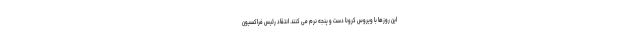
این روزها با ویروس کرونا دست و پنجه نرم می کنند. انتقاد رئیس فراکسیون